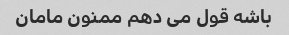
باشه قول می دهم ممنون مامان